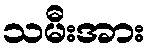
သမီးအား